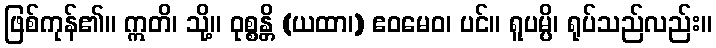
ဖြစ်ကုန်၏။ ဣတိ၊ သို့။ ဝုစ္စန္တိ (ယထာ၊) ဧဝမေဝ၊ ပင်။ ရူပမ္ပိ၊ ရုပ်သည်လည်း။